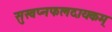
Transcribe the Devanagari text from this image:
सुस्वप्नफलदायकम्